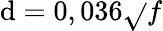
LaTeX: \mathrm{d}=0,036\sqrt{}{{f}}